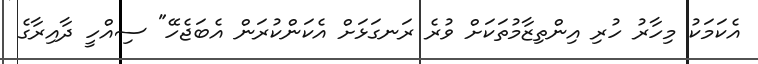
އެކަމަކު މިހާރު ހުރި އިންތިޒާމުތަކަށް ވުރެ ރަނގަޅަށް އެކަންކުރަން އެބަޖެހޭ" ސިއްހީ ދާއިރާގެ